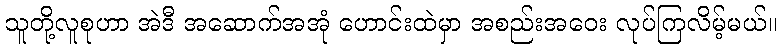
သူတို့လူစုဟာ အဲဒီ အဆောက်အအုံ ဟောင်းထဲမှာ အစည်းအဝေး လုပ်ကြလိမ့်မယ်။